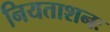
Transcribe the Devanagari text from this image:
नियताशनः